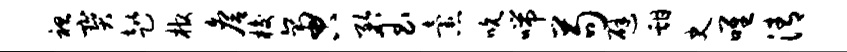
袒宝趑棺詹梭啻矜玉怠吮喘苟避甜史唯清